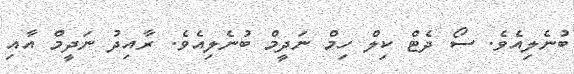
ބުނެލިއެވެ. ސޯ ދެޓް ކިލް ހިމް ނަދީމް ބުނެލިއެވެ. ރާއިދު ނަދީމް އާއި